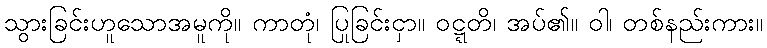
သွားခြင်းဟူသောအမူကို။ ကာတုံ၊ ပြုခြင်းငှာ။ ဝဋ္ဋတိ၊ အပ်၏။ ဝါ၊ တစ်နည်းကား။